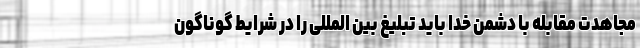
مجاهدت مقابله با دشمن خدا باید تبلیغ بین المللی را در شرایط گوناگون